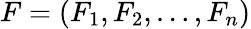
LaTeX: F=(F_{1},F_{2},\dots,F_{n})